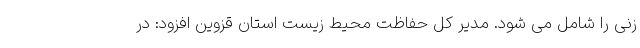
زنی را شامل می شود. مدیر کل حفاظت محیط زیست استان قزوین افزود: در